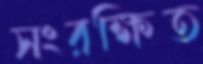
সংরক্ষিত